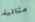
مثالية